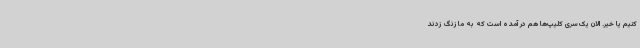
کنیم یا خیر. الان یک‌سری کلیپ‌ها هم در آمده است که به ما زنگ زدند